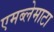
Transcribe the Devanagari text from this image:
एमब्लेमाटा